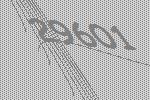
29601